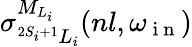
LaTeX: {\sigma}_{^{2S_{i}+1}L_{i}}^{{M}_{{L}_{i}}}(nl,{\omega}_{\mathrm{~i~n~}})